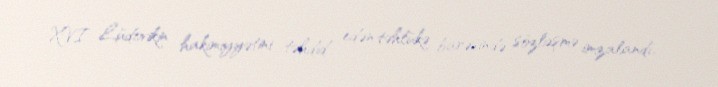
XVI Lüdovikin hakimiyyətini təhdid edən təhlükə barəsində sözləşmə imzalandı.